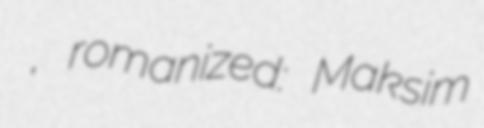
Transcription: Эдуардович Родштейн, romanized: Maksim